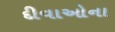
દીવાઓના